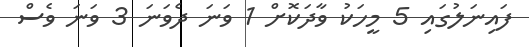
ފައިނަލުގައި 5 މީހަކު ވާދަކޮށް 1 ވަނަ ދެވަނަ 3 ވަނަ ވެސް